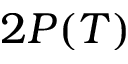
2 P ( T )